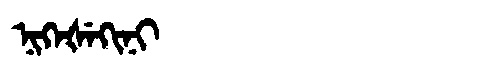
Manchu: ᠨᡳᡴᡝᡧᡝᡴᡳᠨᡳ
Romanization: NIKEŠEKINI